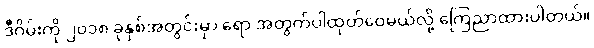
ဒီဂိမ်းကို ၂၀၁၈ ခုနှစ်အတွင်းမှာ ရော အတွက်ပါထုတ်ဝေမယ်လို့ ကြေညာထားပါတယ်။